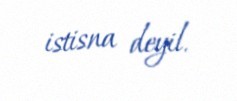
istisna deyil.